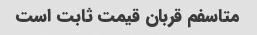
متاسفم قربان قیمت ثابت است